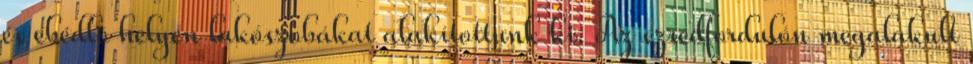
és ebédlõ helyén lakószobákat alakítottunk ki. Az ezredfordulón megalakult